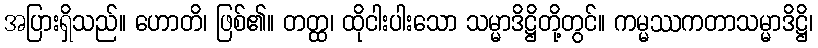
အပြားရှိသည်။ ဟောတိ၊ ဖြစ်၏။ တတ္ထ၊ ထိုငါးပါးသော သမ္မာဒိဋ္ဌိတို့တွင်။ ကမ္မဿကတာသမ္မာဒိဋ္ဌိ၊